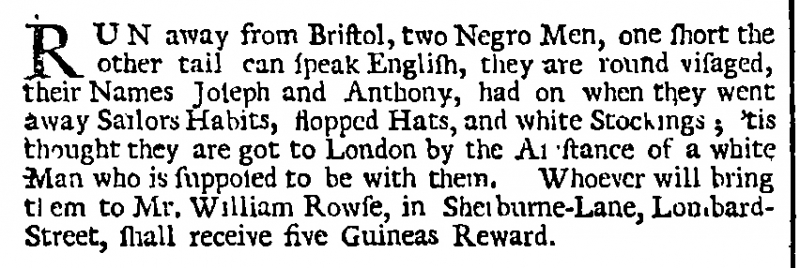
London Gazette, 13 August 1726 (England)
RUN away from Bristol, two Negro Men, one short the other tall can speak English, they are round visaged, their Names Joseph and Anthony, had on when they went away Sailors Habits, slopped Hats, and white Stockings; 'tis thought they are got to London by the Assistance of a white Man who is supposed to be with them. Whoever will bring them to Mr. William Rowse, in Sherburne-Lane, Lombard-Street, shall receive five Guineas Reward.